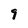
Character: 9